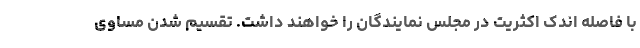
با فاصله اندک اکثریت در مجلس نمایندگان را خواهند داشت. تقسیم شدن مساوی